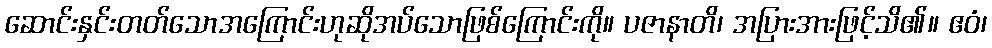
ဆောင်းနှင်းတတ်သောအကြောင်းဟုဆိုအပ်သောဖြစ်ကြောင်းကို။ ပဇာနာတိ၊ အပြားအားဖြင့်သိ၏။ ဧဝံ၊